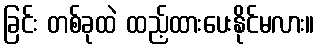
ခြင်း တစ်ခုထဲ ထည့်ထားပေးနိုင်မလား။